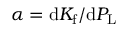
\alpha = \mathrm { d } K _ { \mathrm { f } } / \mathrm { d } P _ { \mathrm { L } }